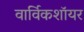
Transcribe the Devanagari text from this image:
वार्विकशॉयर